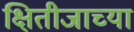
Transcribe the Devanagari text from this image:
क्षितीजाच्या